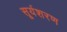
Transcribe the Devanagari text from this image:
सूर्यशरण